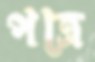
পত্রে